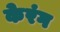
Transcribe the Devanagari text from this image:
केरंग